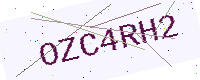
Text: OZC4RH2